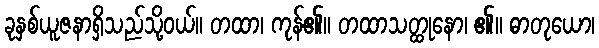
ခုနှစ်ယူဇနာရှိသည်သို့ဝယ်။ တထာ၊ ကုန်၏။ တထာသတ္ထုနော၊ ၏။ ဓာတုယော၊